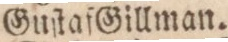
GuſtafGillman.